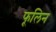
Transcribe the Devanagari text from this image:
फूलिन